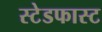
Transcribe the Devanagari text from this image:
स्टेडफास्ट